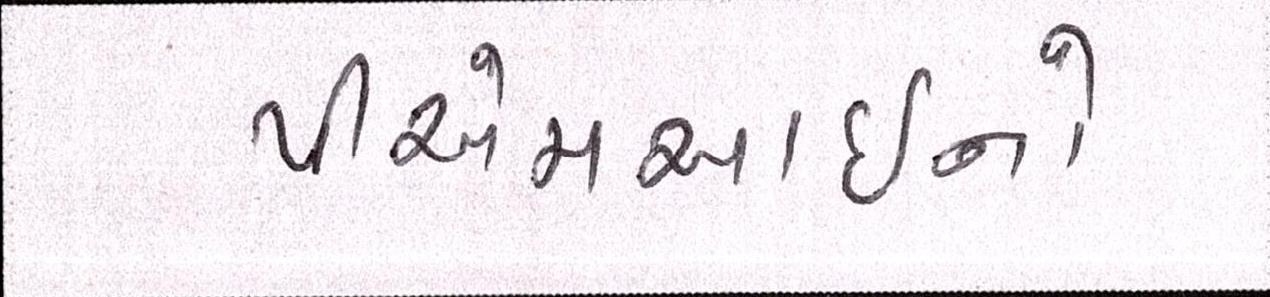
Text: પીએમઆઇનો